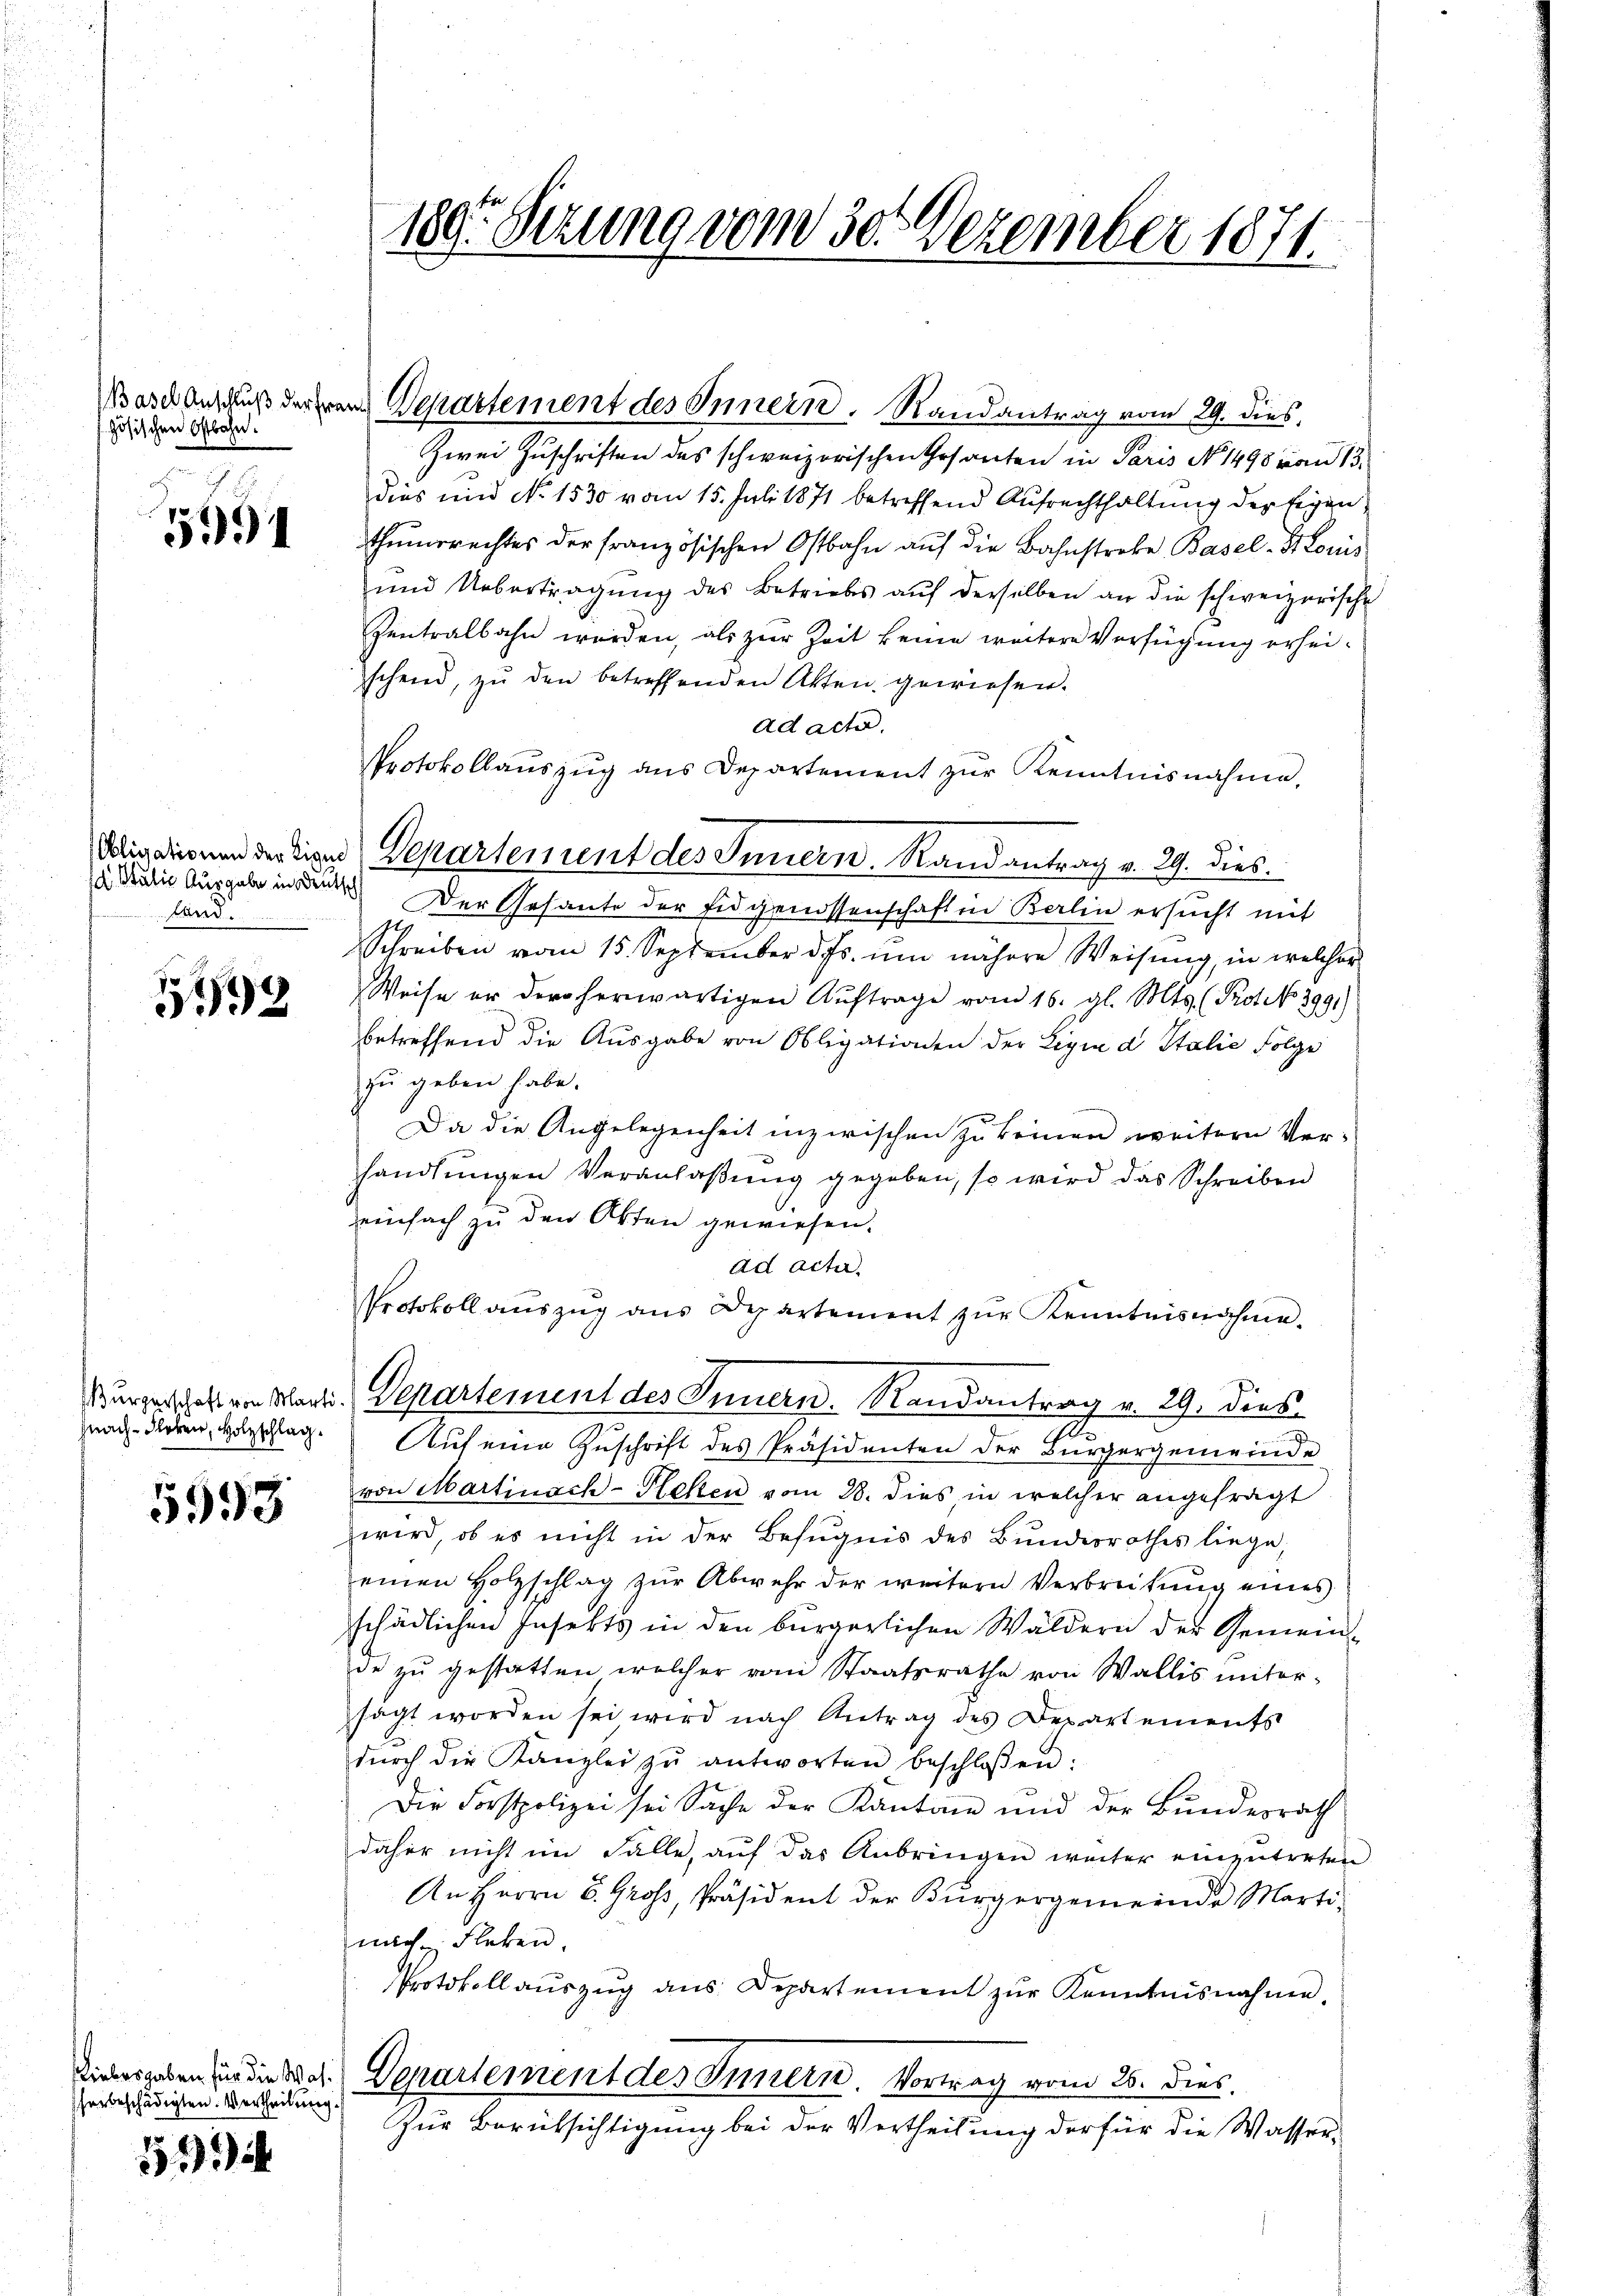
zösischen Ostbahn.

2
u
5991

d. Stulie Ausgabe in Deutsch
land.

5592

553

herbeschädigten. Vertheilung

52

Mardegruß deren Departement des Innern. Randantrag vom 29. dies,

Obligationen der Eigen Departement des Innern. Randantrag v. 29. dies

180. Sezung vom 30. Dezember 1871.

Zwei Zuschriften des schweizerischen Gesanten in Paris No 1498 vom 13.
Dies und No 1530 vom 15. Juli 1871 betreffend Aufrechthaltung der Eigen
thumsrechtes der französischen Ostbahn auf die Bahnstrebe Basel-Komis
und Uebertragung des Betriebes aŭf derselben an die schweizerische
zentralbahn werden, als zur Zeit keine weitere Verfügung erheischend, zŭ den betreffenden Akten gewiesen.
ad acta.
Protokollaŭszŭg ans Departement zŭr Kenntnisnahme.
Der Gesante der Eidgenossenschaft in Berlin ersucht mit
Schreiben vom 15. September d. Js. um nähere Weisung, in welcher
Weise er der herwärtigen Auftrage vom 16. gl. Mts. (Prot No 3991)
betreffend die Ausgabe von Obligationen der Ligia d Italie Folge
zu geben habe.
Da die Angelegenheit inzwischen zu keinen weitern Ver-
handlungen Veranlaßung gegeben, so wird das Schreiben
einfach zu den Akten gewiesen.
ad acta.
Protokoll aŭszŭg ans Departement zŭr Kenntnisnahme.
ürgerschaften Mart. Departement des Innern. Randantrag v. 29. dies
nach deren, verschlag. Auf eine Zuschrift des Präsidenten der Bürgergemeinde
von Martinach-Rleken vom 28. dies in welcher angefragt
wird, ob es nicht in der Befugnis des Bunderrathes liege,
einen Holzschlag zŭr Abwehr der weitern Verbreitŭng eines
schädlichen Insekts in den bürgerlichen Wäldern der Gemeinde zu gestatten welcher vom Staatsrathe von Wallis miter-
sagt worden sei wird nach Antrag des Departements
dŭrch die Kanzlei zŭ antworten beschlossen:
Die Forstpolizei sei Sache der Kantone und der Bundesrath
daher nicht im Fälle, auf das Anbringen weiter einzutreten
An Herrn S. Gros, Präsident der Bürgergemeinde Martinach Fleken.
Protokoll aŭszŭg ans. Departement zŭr Kenntnisnahme,
Uibergeben an die bei. Departement des Innern. Vortrag vom 26. dies
Zur Berücksichtigung bei der Vertheilung der für die Wasser¬